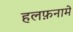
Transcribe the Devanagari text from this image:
हलफ़नामे